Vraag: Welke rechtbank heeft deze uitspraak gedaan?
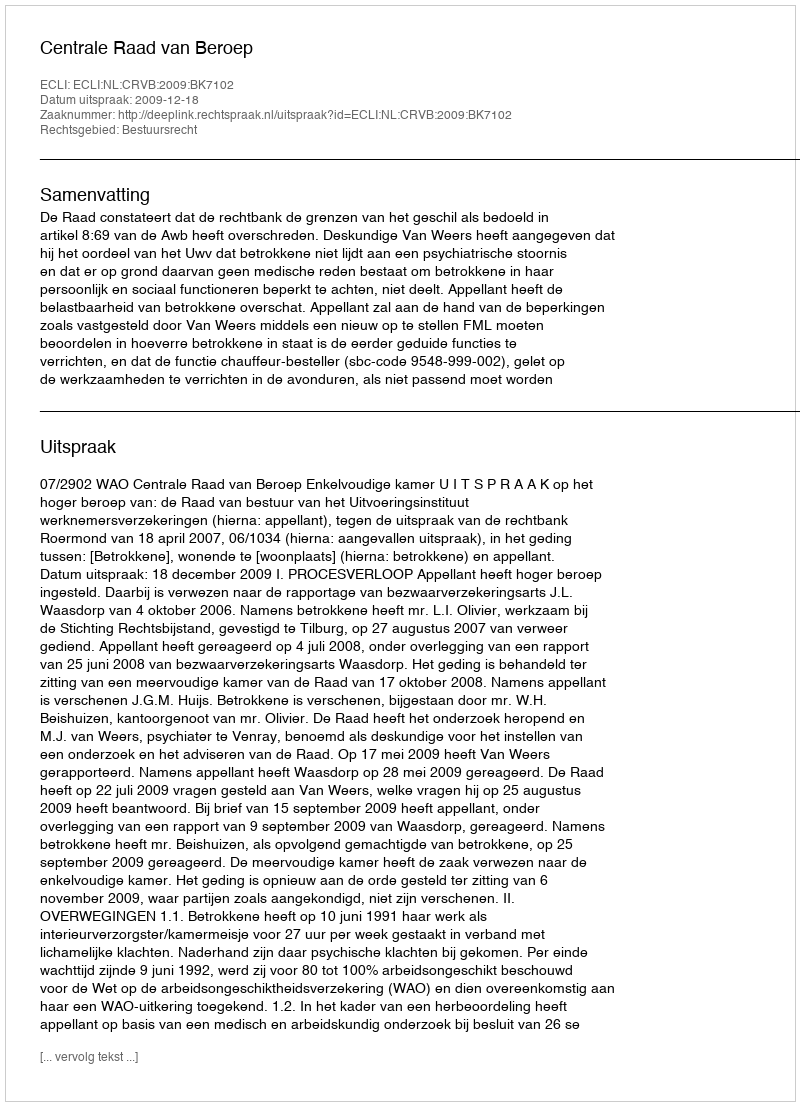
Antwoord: Centrale Raad van Beroep